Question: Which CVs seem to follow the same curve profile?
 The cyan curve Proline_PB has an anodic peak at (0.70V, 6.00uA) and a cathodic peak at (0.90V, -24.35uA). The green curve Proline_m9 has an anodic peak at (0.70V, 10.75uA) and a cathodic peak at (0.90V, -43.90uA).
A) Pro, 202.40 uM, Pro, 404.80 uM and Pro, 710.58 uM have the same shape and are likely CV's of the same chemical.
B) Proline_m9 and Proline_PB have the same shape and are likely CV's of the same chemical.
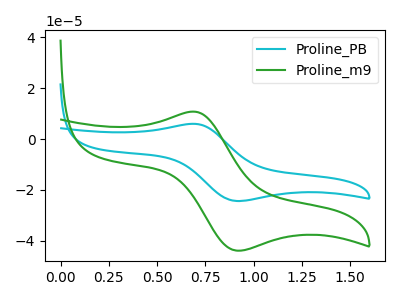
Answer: <think>All the peaks in "Proline_PB" have a peak in "Proline_m9" at the same potential. Every peak in "Proline_PB" is lower than every peak in "Proline_m9".
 </think>
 <answer>B) "Proline_m9" and "Proline_PB" have the same shape and are likely CV's of the same chemical.</answer>
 <eval>B</eval>